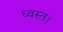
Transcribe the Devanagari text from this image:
ध्वस्त।